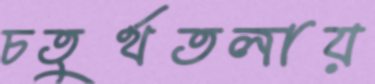
চতুর্থতলায়